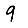
Digit: 9